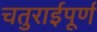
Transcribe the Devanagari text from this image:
चतुराईपूर्ण